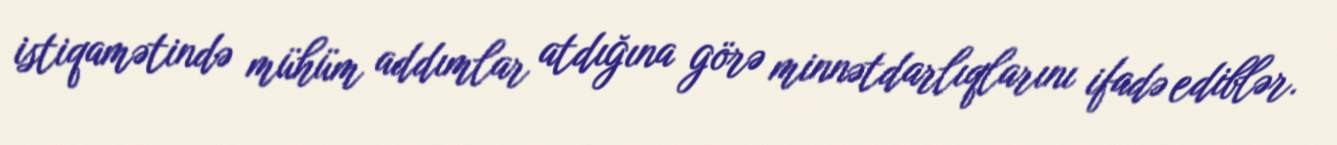
istiqamətində mühüm addımlar atdığına görə minnətdarlıqlarını ifadə ediblər.